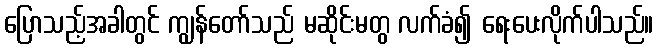
ပြောသည့်အခါတွင် ကျွန်တော်သည် မဆိုင်းမတွ လက်ခံ၍ ရေးပေးလိုက်ပါသည်။